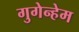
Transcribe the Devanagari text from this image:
गुगेन्हेम